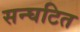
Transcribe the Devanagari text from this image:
सन्घटित